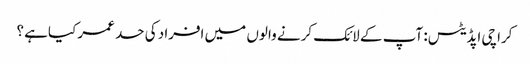
کراچی اپڈیٹس: آپ کے لائک کرنے والوں میں افراد کی حد عمر کیاہے ؟